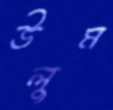
উলুম